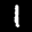
Digit: 1